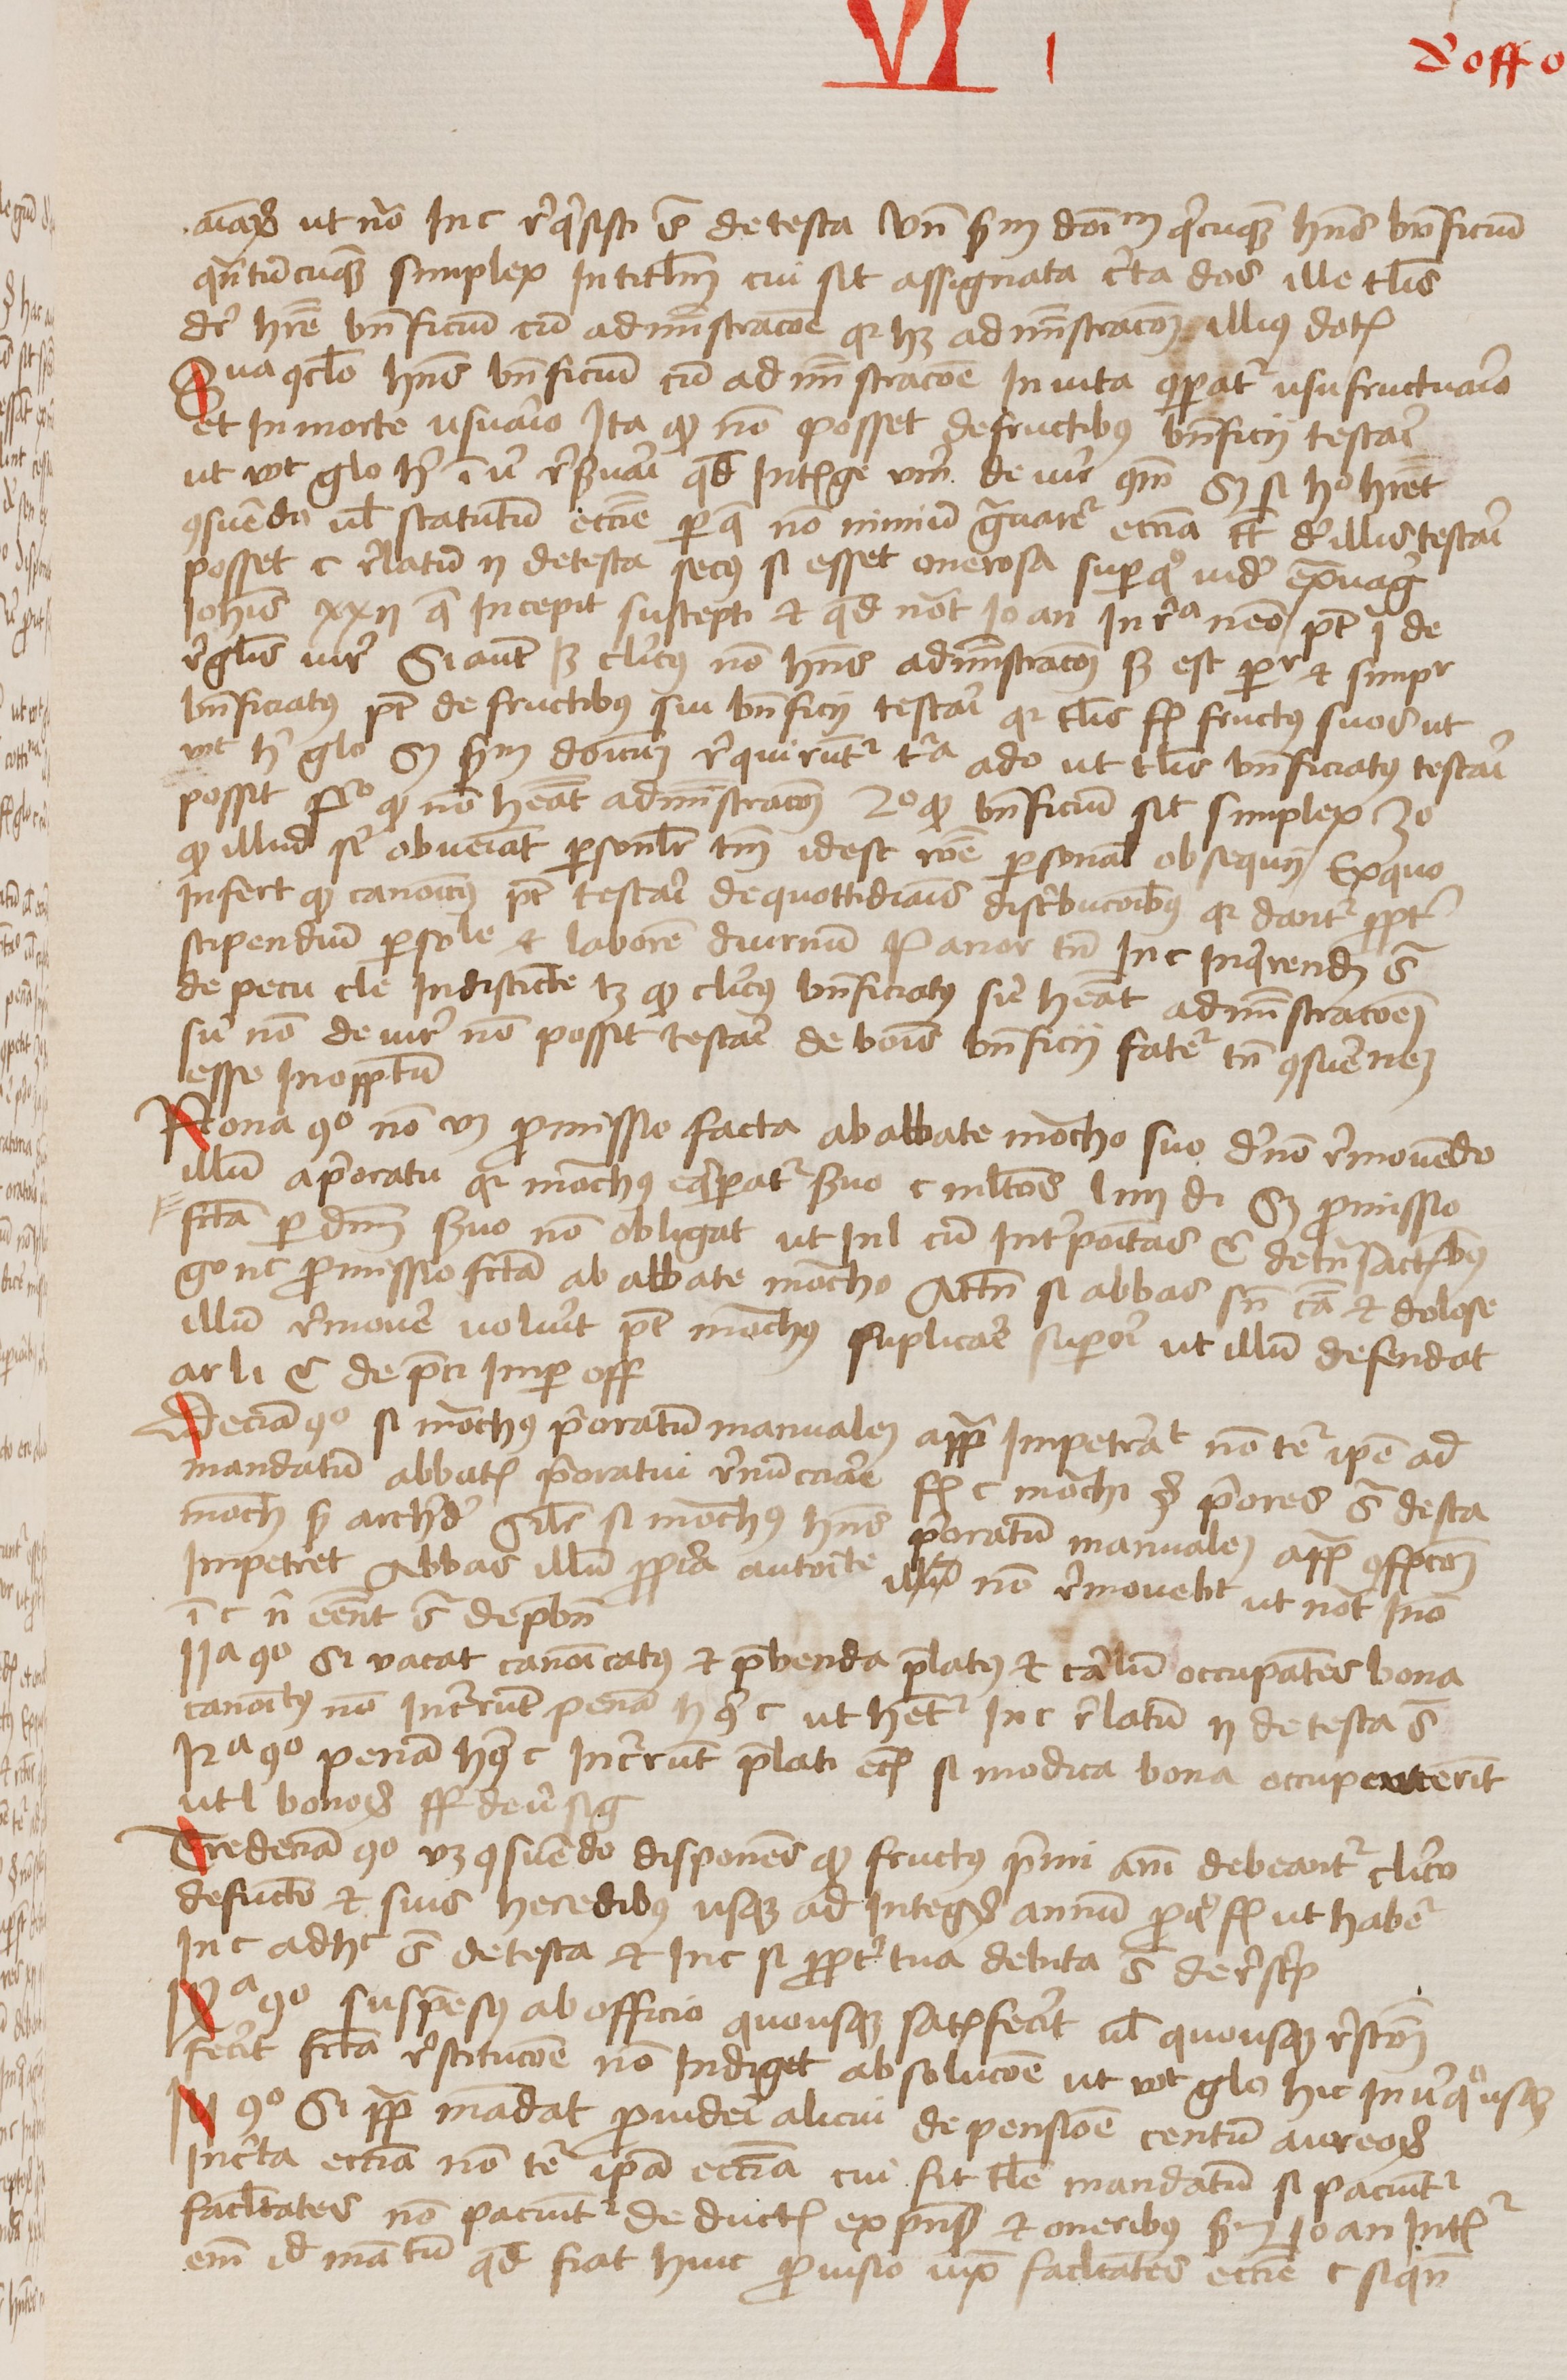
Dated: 1456–1486